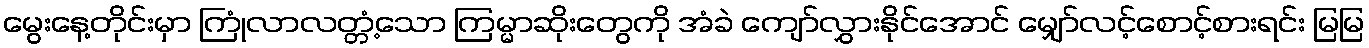
မွေးနေ့တိုင်းမှာ ကြုံလာလတ္တံ့သော ကြမ္မာဆိုးတွေကို အံခဲ ကျော်လွှားနိုင်အောင် မျှော်လင့်စောင့်စားရင်း မြမြ